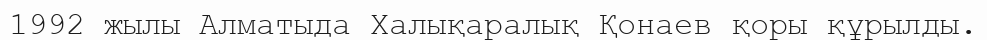
1992 жылы Алматыда Халықаралық Қонаев қоры құрылды.